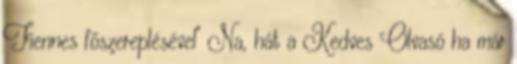
Fiennes főszereplésével" Na, hát a Kedves Olvasó ha már